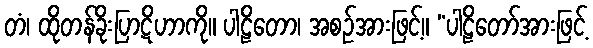
တံ၊ ထိုတန်ခိုးပြာဋိဟာကို။ ပါဠိတော၊ အစဉ်အားဖြင့်။ “ပါဠိတော်အားဖြင့်